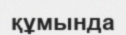
құмында